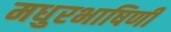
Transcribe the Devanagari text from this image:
मधुरभाषिणी